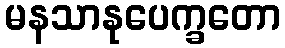
မနသာနုပေက္ခတော